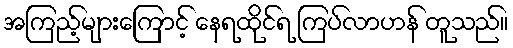
အကြည့်များကြောင့် နေရထိုင်ရ ကြပ်လာဟန် တူသည်။